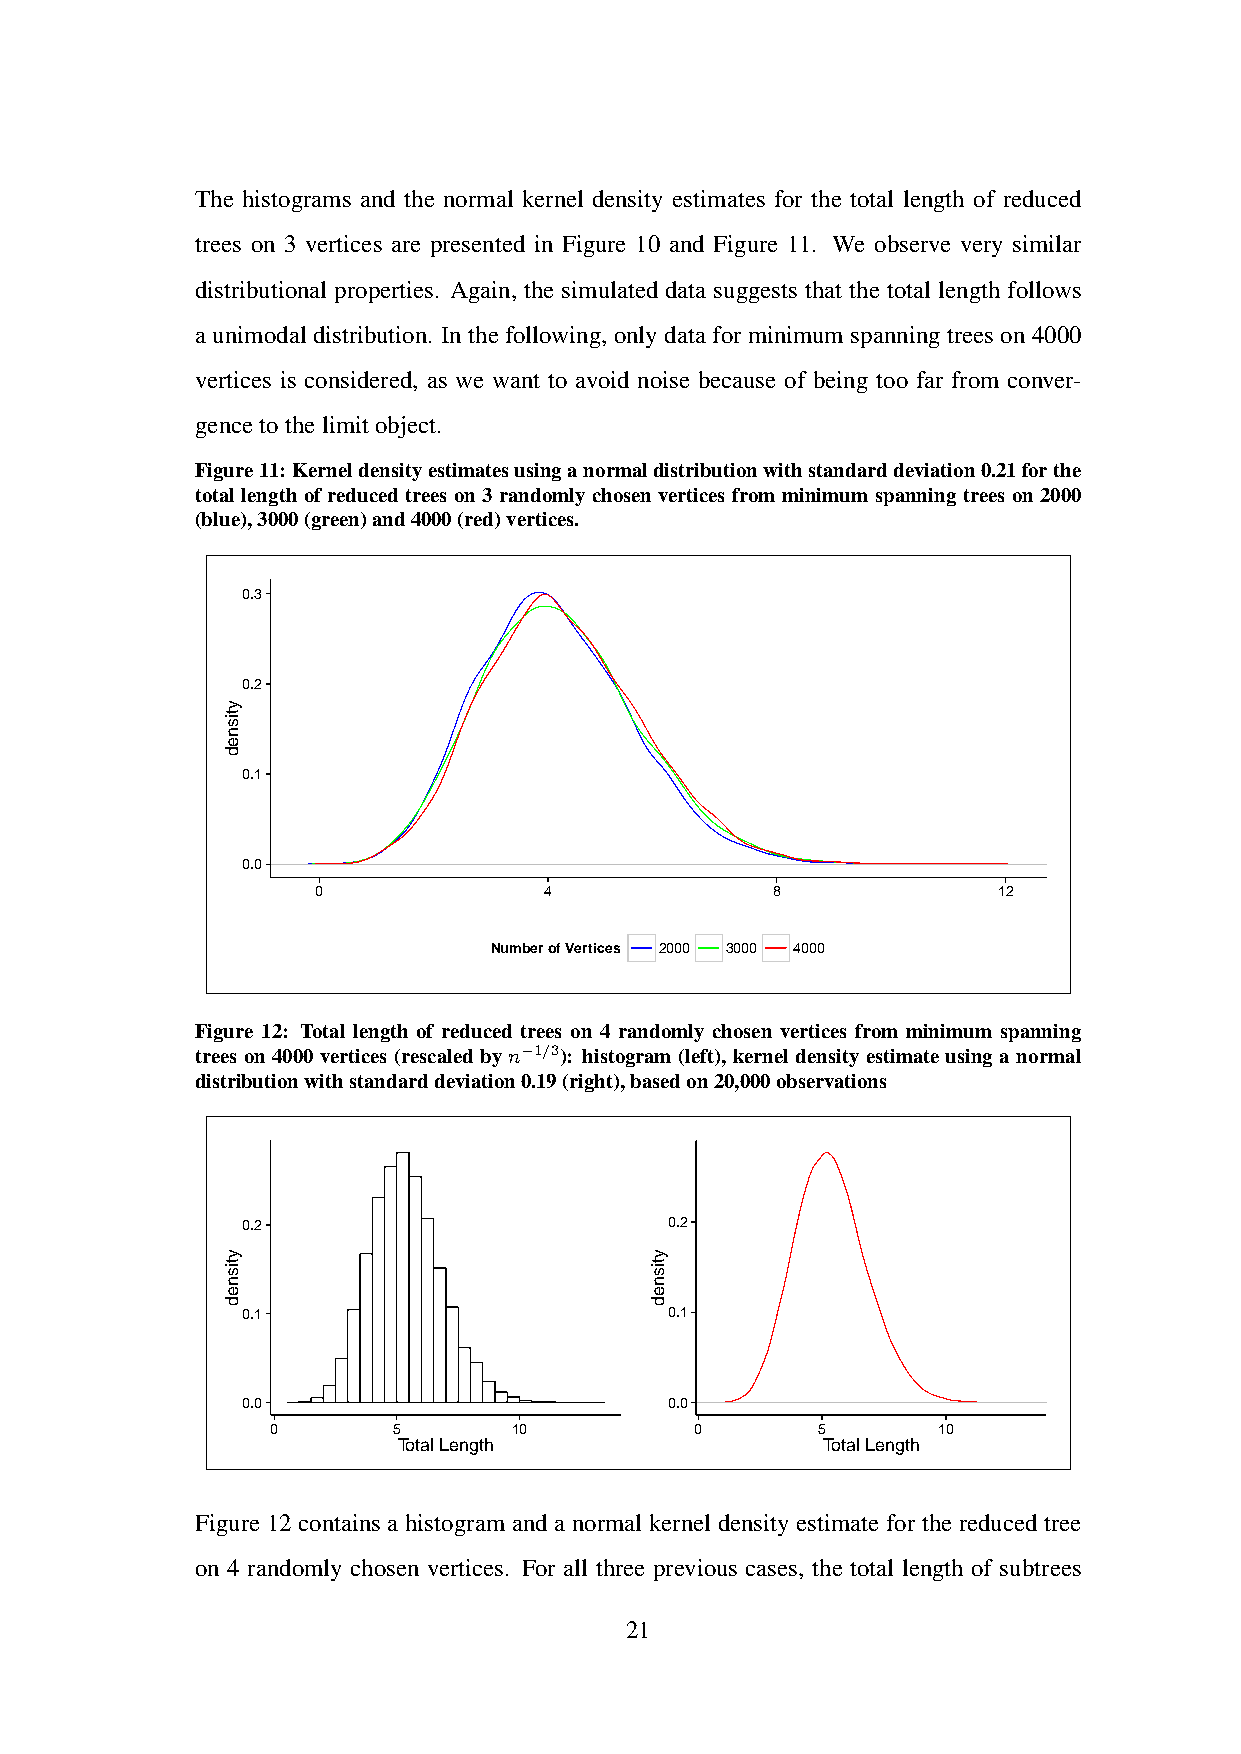
The histograms and the normal kernel density estimates for the total length of reduced
 trees on 3 vertices are presented in Figure 10 and Figure 11. We observe very similar
 distributional properties. Again, the simulated data suggests that the total length follows
 a unimodal distribution. In the following, only data for minimum spanning trees on 4000
 vertices is considered, as we want to avoid noise because of being too far from conver-
 gencetothelimitobject.
 Figure11: Kerneldensityestimatesusinganormaldistributionwithstandarddeviation0.21forthe
 total length of reduced trees on 3 randomly chosen vertices from minimum spanning trees on 2000
 (blue),3000(green)and4000(red)vertices.
 0.3
 0.2
 0.1
 0.0
 0              4              8              12
 Number of Vertices 2000 3000 4000
 Figure 12: Total length of reduced trees on 4 randomly chosen vertices from minimum spanning
 trees on 4000 vertices (rescaled by n−1/3): histogram (left), kernel density estimate using a normal
 distributionwithstandarddeviation0.19(right),basedon20,000observations
 0.2                         0.2
 0.1                         0.1
 0.0                         0.0
 0       5       10          0       5       10
 Total Length                Total Length
 Figure 12 contains a histogram and a normal kernel density estimate for the reduced tree
 on 4 randomly chosen vertices. For all three previous cases, the total length of subtrees
 21
 ytisned
 ytisned                     ytisned